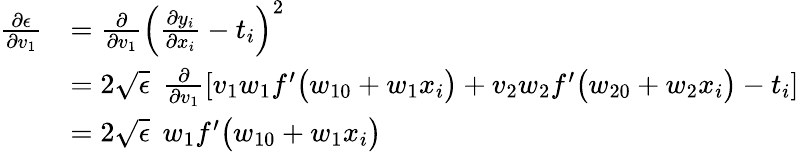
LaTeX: \begin{array}{rl}{\frac{\partial\epsilon}{\partial v_{1}}}&{=\frac{\partial}{\partial v_{1}}\left(\frac{\partial y_{i}}{\partial x_{i}}-t_{i}\right)^{2}}\\ &{=2\sqrt{\epsilon}\: \: \frac{\partial}{\partial v_{1}}\left[v_{1}w_{1}f^{\prime}\big(w_{10}+w_{1}x_{i}\big)+v_{2}w_{2}f^{\prime}\big(w_{20}+w_{2}x_{i}\big)-t_{i}\right]}\\ &{=2\sqrt{\epsilon}\: \: w_{1}f^{\prime}\big(w_{10}+w_{1}x_{i}\big)}\end{array}